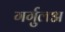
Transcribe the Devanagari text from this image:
गर्गुलअ